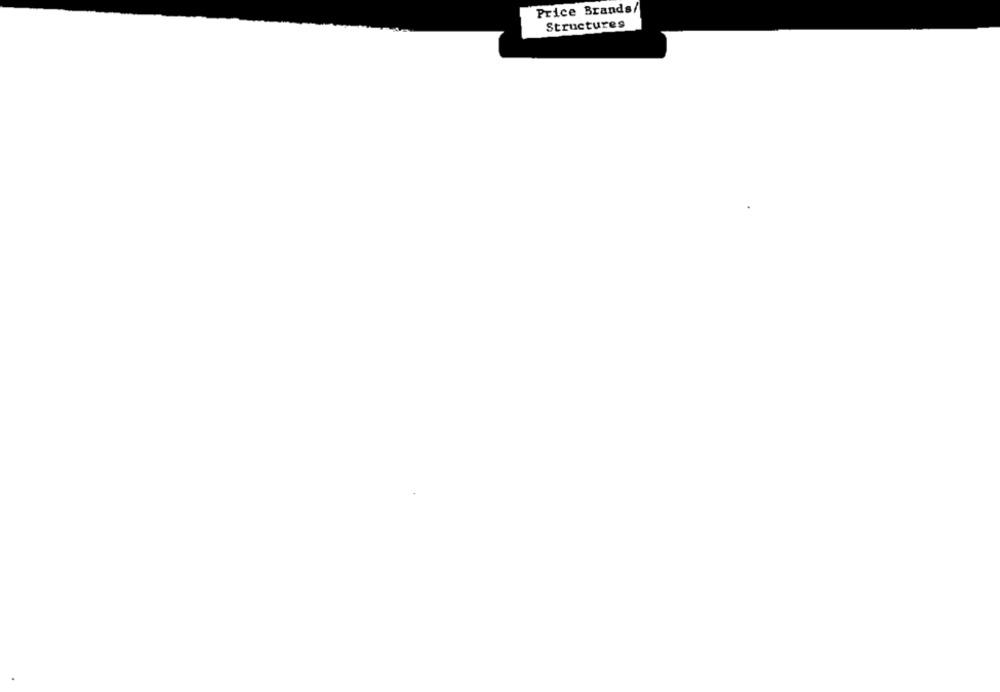
Price Brands/
Structures